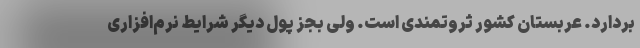
بردارد. عربستان کشور ثروتمندی است. ولی بجز پول دیگر شرایط نرم‌افزاری